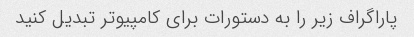
پاراگراف زیر را به دستورات برای کامپیوتر تبدیل کنید